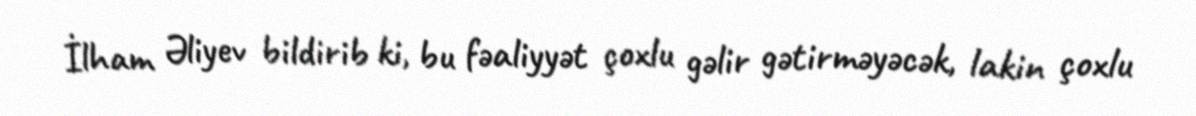
İlham Əliyev bildirib ki, bu fəaliyyət çoxlu gəlir gətirməyəcək, lakin çoxlu